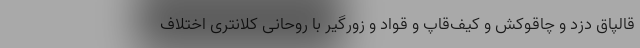
قالپاق دزد و چاقوکش و کیف‌قاپ و قواد و زورگیر با روحانی کلانتری اختلاف